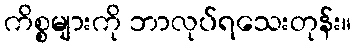
ကိစ္စများကို ဘာလုပ်ရသေးတုန်း။